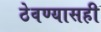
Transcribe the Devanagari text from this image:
ठेवण्यासही